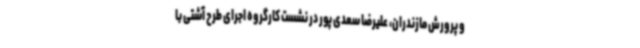
و پرورش مازندران، علیرضا سعدی پور در نشست کارگروه اجرای طرح آشتی با